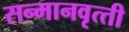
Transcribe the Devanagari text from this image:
सन्‍मानवृत्‍ती